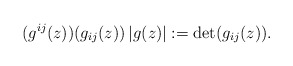
\begin{align*}(g^{ij}(z))(g_{ij}(z))\left\vert g(z)\right\vert :=\det(g_{ij}(z)).\end{align*}